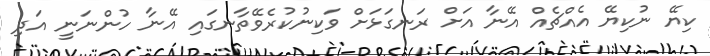
ކިޔޭ ނުކިޔޭ އެއްޗެއް އޭނާ އަށް ރަނގަޅަށް ވަކިނުކުރެވޭތާނގައި އޭނާ ހުންނަނީ އަދި